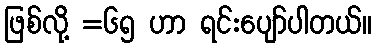
ဖြစ်လို့ =၆၅ ဟာ ရင်းပျော်ပါတယ်။